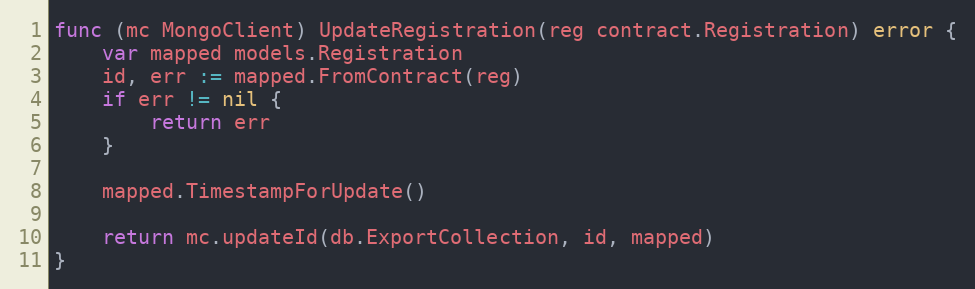
Language: Go
func (mc MongoClient) UpdateRegistration(reg contract.Registration) error {
	var mapped models.Registration
	id, err := mapped.FromContract(reg)
	if err != nil {
		return err
	}

	mapped.TimestampForUpdate()

	return mc.updateId(db.ExportCollection, id, mapped)
}